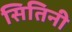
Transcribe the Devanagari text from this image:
सितिनी